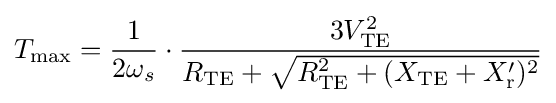
T_{\text{max}}={\frac {1}{2\omega _{s}}}\cdot {\frac {3V_{\text{TE}}^{2}}{R_{\text{TE}}+{\sqrt {R_{\text{TE}}^{2}+(X_{\text{TE}}+X_{\text{r}}')^{2}}}}}